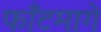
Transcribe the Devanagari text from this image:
फाँटमागे